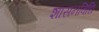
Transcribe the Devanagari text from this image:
शासनविधि